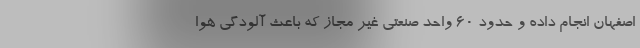
اصفهان انجام داده و حدود ۶۰ واحد صنعتی غیر مجاز که باعث آلودگی هوا